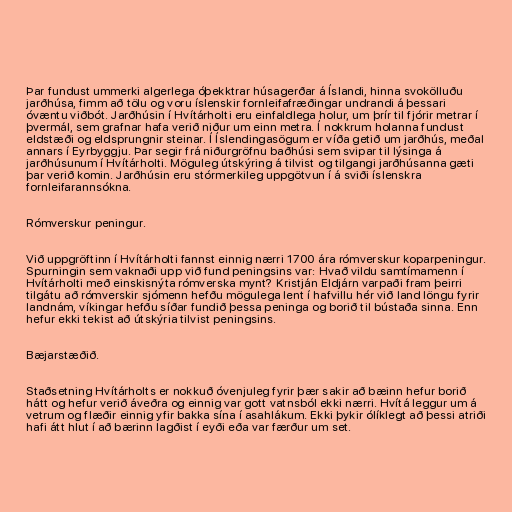
Þar fundust ummerki algerlega óþekktrar húsagerðar á Íslandi, hinna svokölluðu
jarðhúsa, fimm að tölu og voru íslenskir fornleifafræðingar undrandi á þessari
óvæntu viðbót. Jarðhúsin í Hvítárholti eru einfaldlega holur, um þrír til fjórir metrar í
þvermál, sem grafnar hafa verið niður um einn metra. Í nokkrum holanna fundust
eldstæði og eldsprungnir steinar. Í Íslendingasögum er víða getið um jarðhús, meðal
annars í Eyrbyggju. Þar segir frá niðurgröfnu baðhúsi sem svipar til lýsinga á
jarðhúsunum í Hvítárholti. Möguleg útskýring á tilvist og tilgangi jarðhúsanna gæti
þar verið komin. Jarðhúsin eru stórmerkileg uppgötvun í á sviði íslenskra
fornleifarannsókna.

Rómverskur peningur.

Við uppgröftinn í Hvítárholti fannst einnig nærri 1700 ára rómverskur koparpeningur.
Spurningin sem vaknaði upp við fund peningsins var: Hvað vildu samtímamenn í
Hvítárholti með einskisnýta rómverska mynt? Kristján Eldjárn varpaði fram þeirri
tilgátu að rómverskir sjómenn hefðu mögulega lent í hafvillu hér við land löngu fyrir
landnám, víkingar hefðu síðar fundið þessa peninga og borið til bústaða sinna. Enn
hefur ekki tekist að útskýria tilvist peningsins.

Bæjarstæðið.

Staðsetning Hvítárholts er nokkuð óvenjuleg fyrir þær sakir að bæinn hefur borið
hátt og hefur verið áveðra og einnig var gott vatnsból ekki nærri. Hvítá leggur um á
vetrum og flæðir einnig yfir bakka sína í asahlákum. Ekki þykir ólíklegt að þessi atriði
hafi átt hlut í að bærinn lagðist í eyði eða var færður um set.